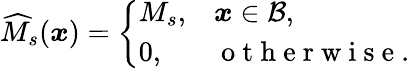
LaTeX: \begin{array}{r}{\widehat{M}_{s}({\boldsymbol{x}})=\left\{ \begin{array}{ll}{M_{s},}&{{\boldsymbol{x}}\in{\mathcal{B}},}\\ {0,}&{\mathrm{~o~t~h~e~r~w~i~s~e~}.}\end{array}\right.}\end{array}